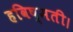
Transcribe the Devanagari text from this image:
हविष्मती।